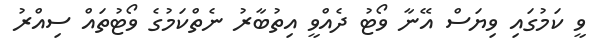
ވީ ކަމުގައި ވިޔަސް އޭނާ ވޯޓު ދެއްވީ އިތުބާރު ނެތްކަމުގެ ވޯޓުތައް ސިއްރު